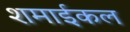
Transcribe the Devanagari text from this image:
शमाईकल